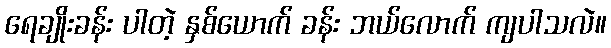
ရေချိုးခန်း ပါတဲ့ နှစ်ယောက် ခန်း ဘယ်လောက် ကျပါသလဲ။